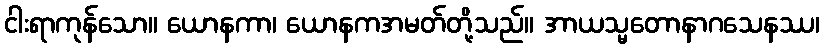
ငါးရာကုန်သော။ ယောနကာ၊ ယောနကအမတ်တို့သည်။ အာယသ္မတောနာဂသေနဿ၊